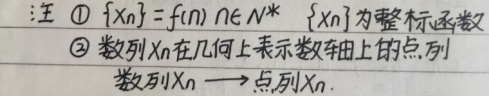
注 \textcircled{1}\(\{x_n\}=f(n),n\in N^*\)，\(\{x_n\}\) 为整标函数。\textcircled{2} 数列 \(x_n\) 在几何上表示数轴上的点列，数列 \(x_n\rightarrow\) 点列 \(x_n\)。